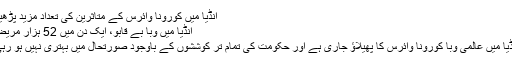
انڈیا میں کورونا وائرس کے متاثرین کی تعداد مزید پڑھیں
انڈیا میں وبا بے قابو، ایک دن میں 52 ہزار مریض
انڈیا میں عالمی وبا کورونا وائرس کا پھیلاؤ جاری ہے اور حکومت کی تمام تر کوششوں کے باوجود صورتحال میں بہتری نہیں ہو رہی۔